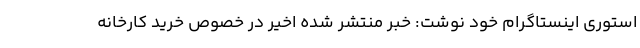
استوری اینستاگرام خود نوشت: خبر منتشر شده اخیر در خصوص خرید کارخانه